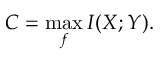
C = \operatorname* { m a x } _ { f } I ( X ; Y ) .